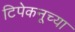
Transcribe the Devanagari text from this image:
टिपेकनूच्या